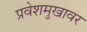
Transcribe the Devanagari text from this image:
प्रवेशमुखावर